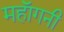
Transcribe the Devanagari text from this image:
महाॅगनी